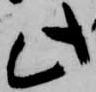
此